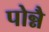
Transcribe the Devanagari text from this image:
पोन्नै